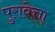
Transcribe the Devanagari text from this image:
पुरावेत्ता